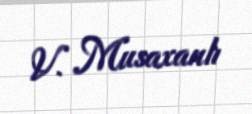
V. Musaxanlı